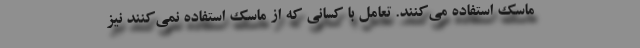
ماسک استفاده می‌کنند. تعامل با کسانی که از ماسک استفاده نمی‌کنند نیز